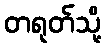
တရုတ်သို့